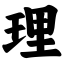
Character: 理